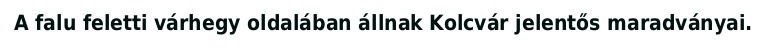
A falu feletti várhegy oldalában állnak Kolcvár jelentős maradványai.